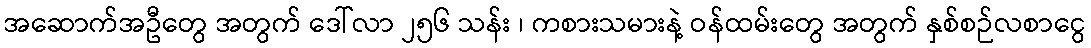
အဆောက်အဦတွေ အတွက် ဒေါ်လာ ၂၅၆ သန်း ၊ ကစားသမားနဲ့ ဝန်ထမ်းတွေ အတွက် နှစ်စဉ်လစာငွေ